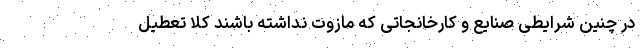
در چنین شرایطی صنایع و کارخانجاتی که مازوت نداشته باشند کلا تعطیل